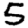
Digit: 5